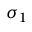
\sigma _ { 1 }